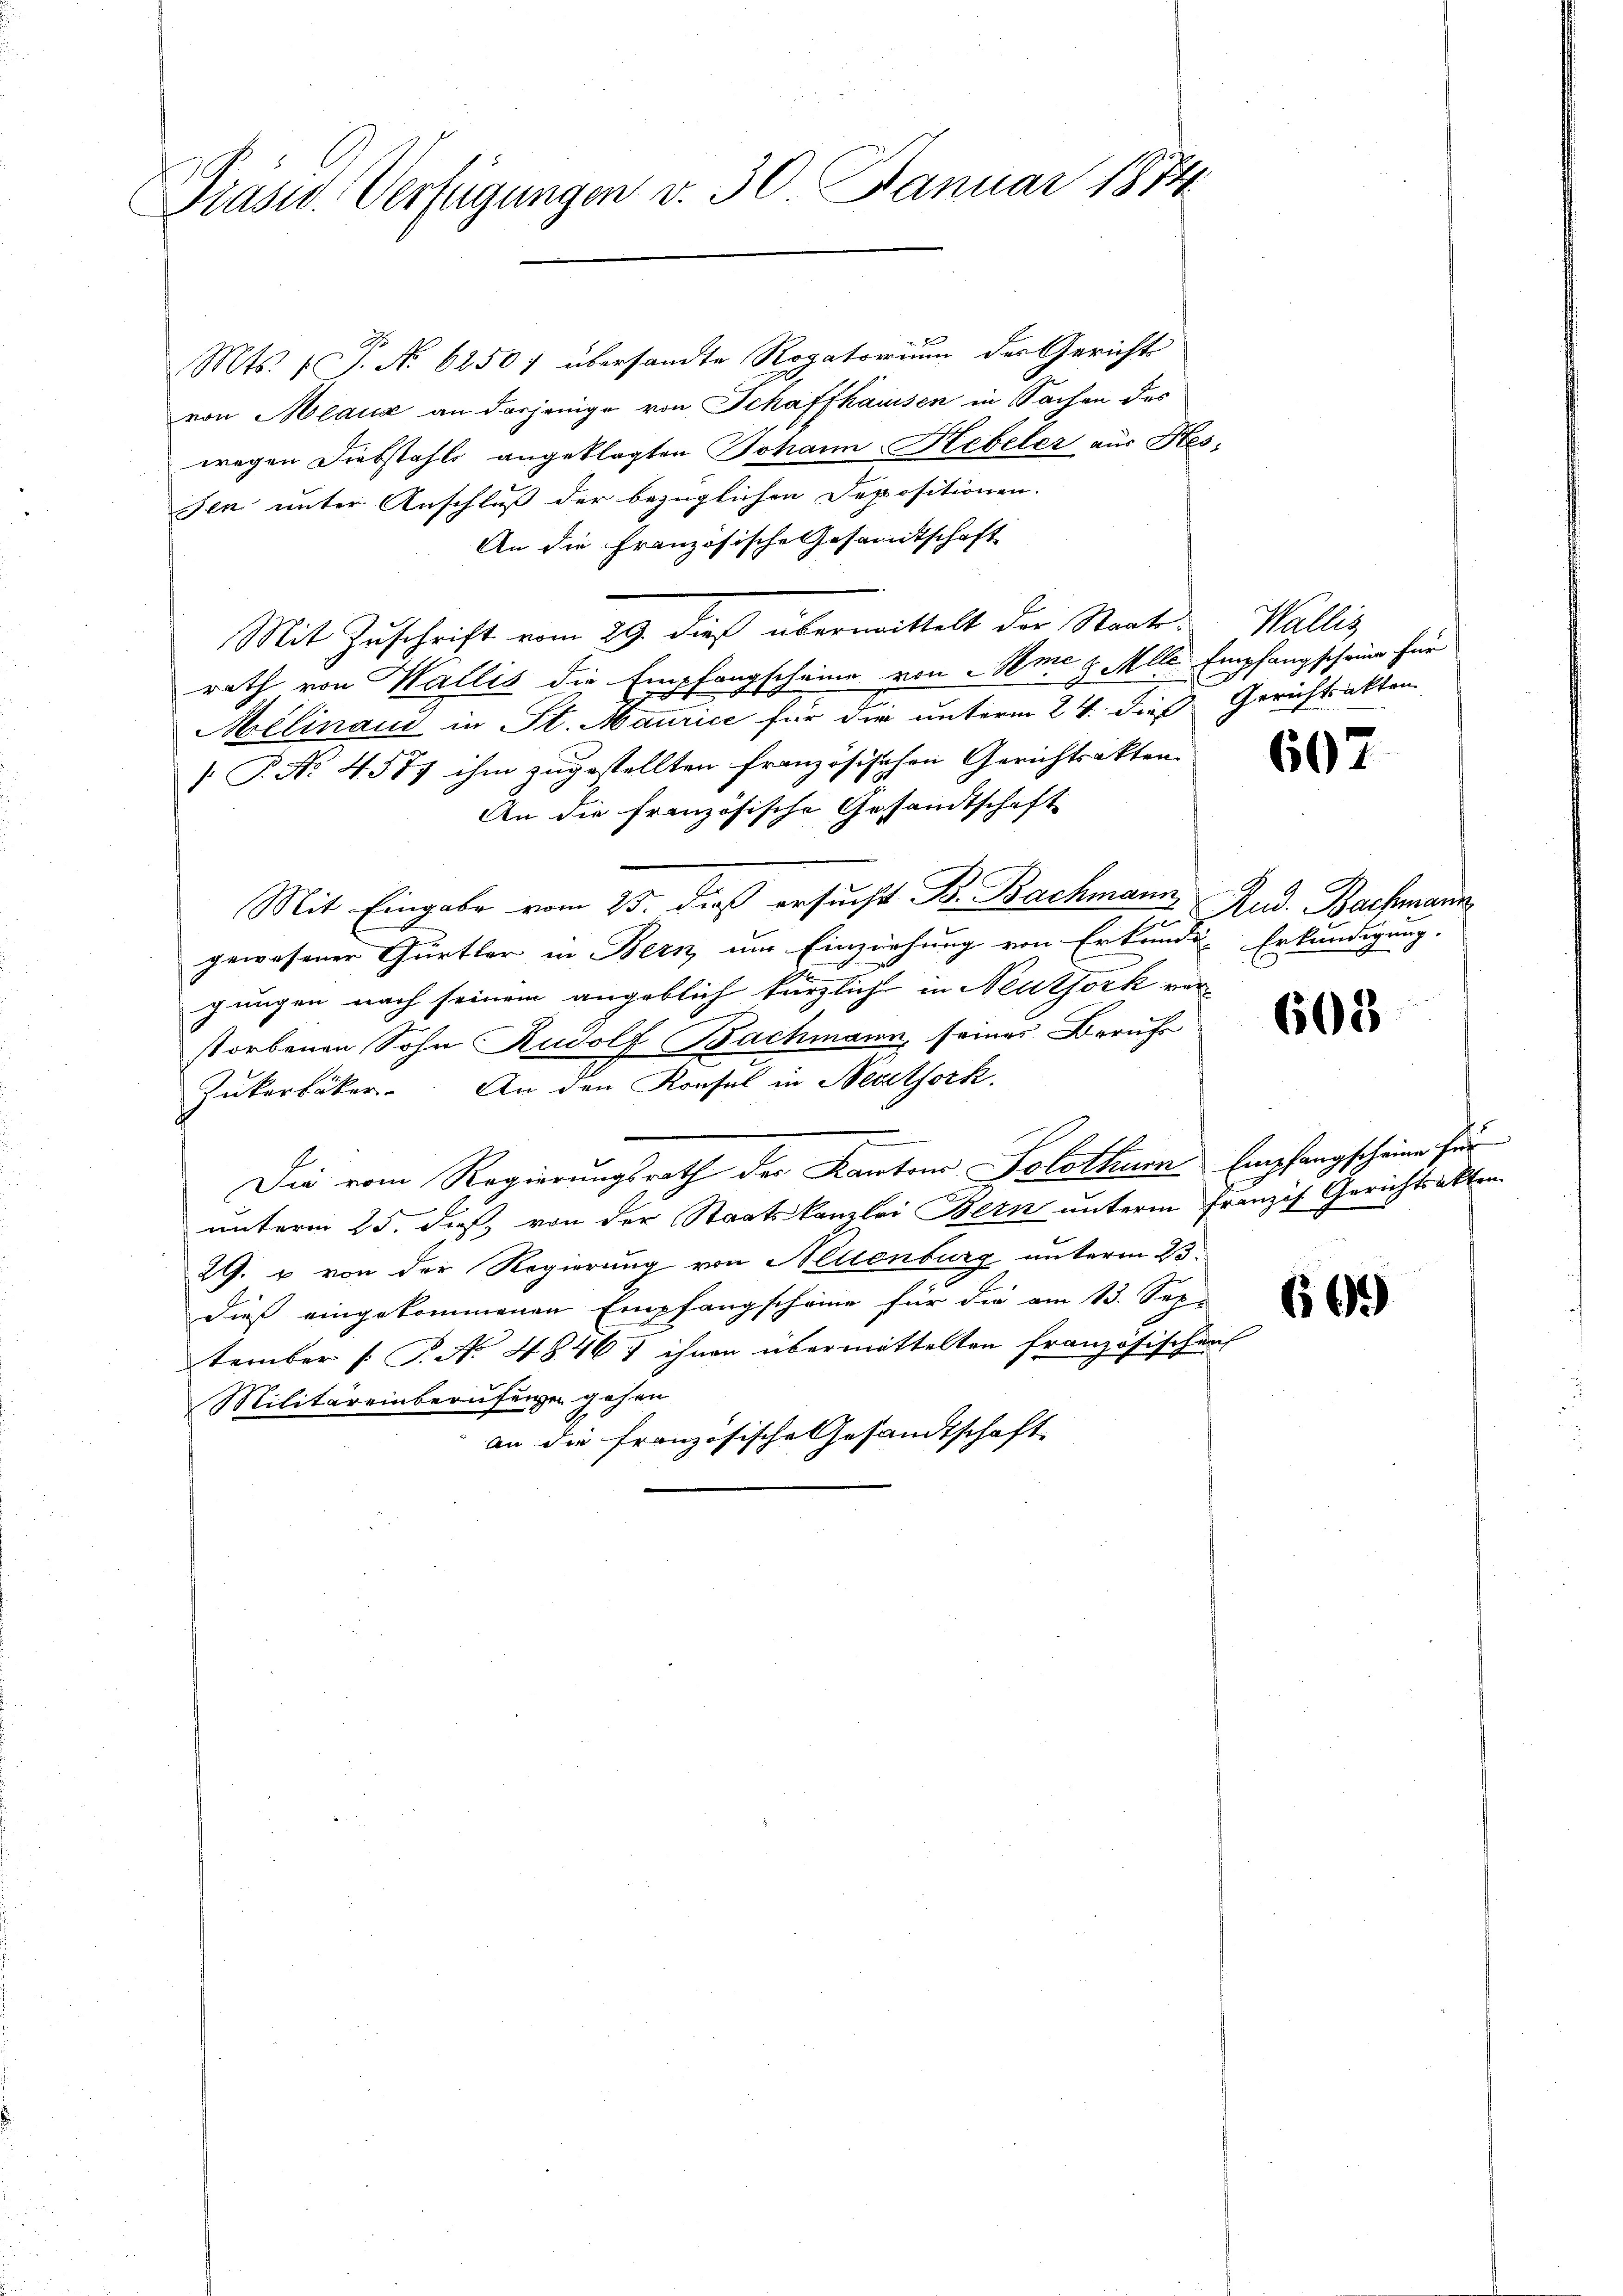
Präsid. Verfügungen v. 30 Januar 1874.

Mts. 1 P. No 62507 übersandte Rogatorium der Gericht
von Mlaux an derjenige von Schaffhausen in Sachen des
wegen Diebstahls angeklagten Johann Hebeler aus Hesssen unter Anschluß der bezüglichen Depositionen.
An die Französische Gesandtschaft
Mit Zuschrift vom 29. dieß übermittelt der Staatsrath von Wallis die Empfangscheine von me v. Mlle Empfangscheine für
x
Melinand in St. Maurice für die unterm 24. dieß Gerichtsakten
T. No. 4577 ihm zugestellten französischen Gerichtsakten |
An die französische Gesandtschaft
Mit Eingabe vom 23. dieß ersucht Br. Bachmann Rud. Bachmann
u
gewesener Gürtler in Bern, um Einziehung von Erkunde Erkundigung.
gungen nach seinem angeblich kürzliche in Neutfork verstorbenen Sohn Rudolf Bachmann, seines Berufs
Zukerbäcker. An den Konsul in Neuelsork.
Die vom Regierungsrath der Kantons Solothurn Empfangscheine für
unterm 25. dieß von der Staatskanzlei Bern unterm Franzis Gerichtsakten
29. u von der Regierung von Hellenburg unterm 23.
dieß eingekommenen Empfangscheine für die am 13. Sep
tember (S. No 4846) ihnen übermittelten französischen
Militäreinberufenen gehen
an die französische Gesandtschaft

Wallis

607

608

691)